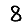
Digit: 8